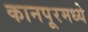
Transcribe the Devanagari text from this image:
कानपूरमध्ये